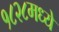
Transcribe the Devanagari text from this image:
१८२८मध्ये